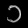
Digit: ၁